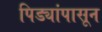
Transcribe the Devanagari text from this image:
पिड्यांपासून